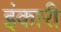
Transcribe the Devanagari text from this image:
इंकारी